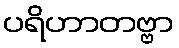
ပရိဟာတဗ္ဗာ